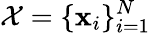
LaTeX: \mathcal{X}=\{ \mathbf{x}_{i}\} _{i=1}^{N}